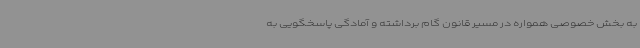
به بخش خصوصی همواره در مسیر قانون گام برداشته و آمادگی پاسخگویی به